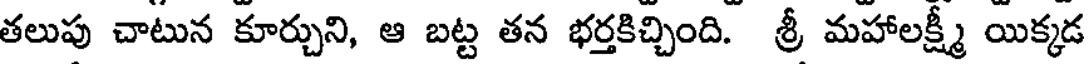
తలుపు చాటున కూర్చుని, ఆ బట్ట తన భర్తకిచ్చింది. శ్రీ మహాలక్ష్మీ యిక్కడ